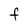
Character: F